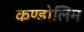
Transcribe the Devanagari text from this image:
कण्डोलिम